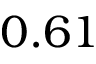
0 . 6 1